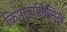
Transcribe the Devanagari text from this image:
क्रिप्तानालिसिस